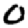
Digit: 0